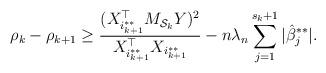
LaTeX: \begin{align*}\rho_k-\rho_{k+1}\geq \frac{(X_{i_{k+1}^{**}}^\top M_{\mathcal{S}_{k}}Y)^2}{X_{i_{k+1}^{**}}^\top X_{i_{k+1}^{**}}}-n\lambda_n\sum_{j=1}^{s_{k}+1}|\hat{\beta}_j^{**}|.\end{align*}